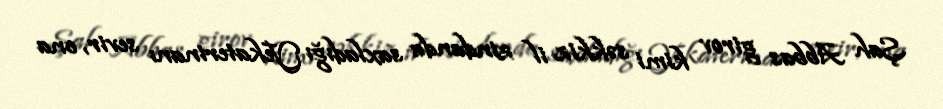
Şah Abbas girov kimi səkkiz il zindanda saxladığı Yekaterinanı sevir, ona